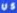
US